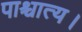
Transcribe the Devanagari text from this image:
पाश्चात्य।